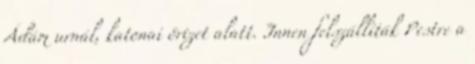
Ádám urnál, katonai őrizet alatt. Innen felszállíták Pestre a